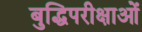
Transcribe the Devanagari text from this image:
बुद्धिपरीक्षाओं